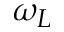
\omega _ { L }